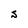
Character: S